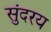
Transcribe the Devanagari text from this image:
सुंदरय